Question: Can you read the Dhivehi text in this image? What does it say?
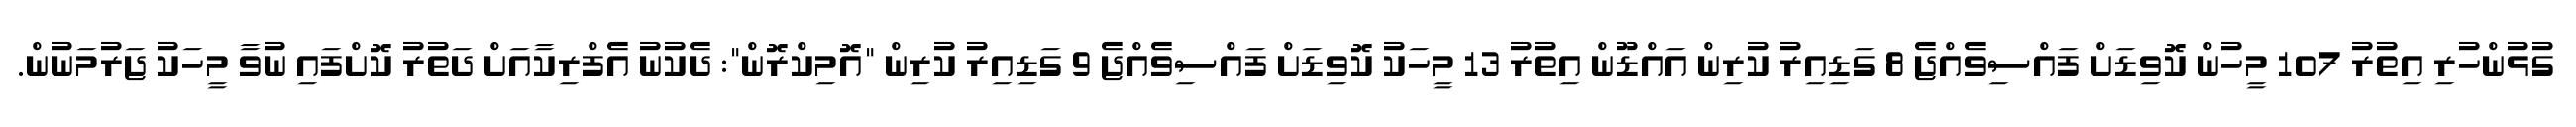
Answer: ގުޅުންހުރި އިތުރު 107 މީހުން ކޮވިޑަށް ފައްސިވެއްޖެ 8 ގަޑިއިރު ކުރިން އައްޑޫން އިތުރު 13 މީހަކު ކޮވިޑަށް ފައްސިވެއްޖެ 9 ގަޑިއިރު ކުރިން "އޮމިކްރޮން": ދެކުނު އެފްރިކާއަށް ދަތުރު ކޮށްފައި ނުވާ މީހަކު ޖަރުމަނުން.